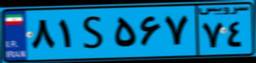
۶۱S۳۱۲۱۲